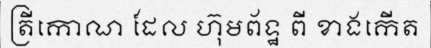
ត្រីកោណ ដែល ហ៊ុមព័ទ្ឋ ពី ខាងកើត